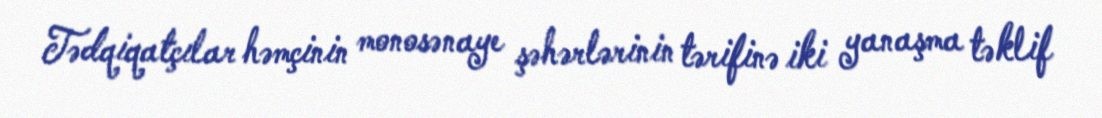
Tədqiqatçılar həmçinin monosənaye şəhərlərinin tərifinə iki yanaşma təklif